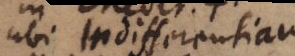
ubi Indifferentiam